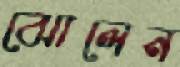
ঝোলেন